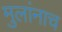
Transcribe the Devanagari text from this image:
मुलांनाच